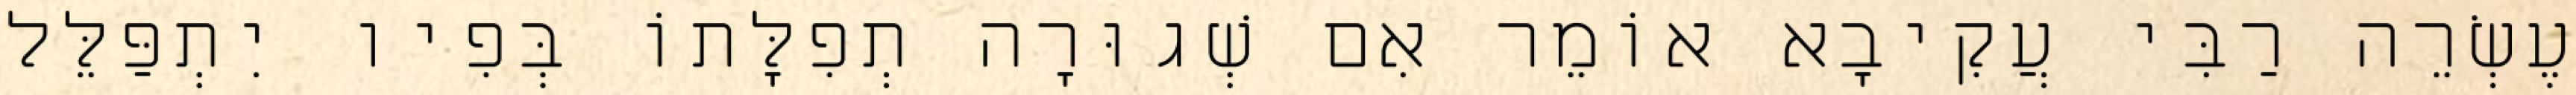
עֶשְׂרֵה רַבִּי עֲקִיבָא אוֹמֵר אִם שְׁגוּרָה תְפִלָּתוֹ בְּפִיו יִתְפַּלֵּל